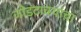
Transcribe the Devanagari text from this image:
जोडटाक्यांचा